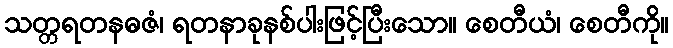
သတ္တရတနဓဇံ၊ ရတနာခုနစ်ပါးဖြင့်ပြီးသော။ စေတီယံ၊ စေတီကို။